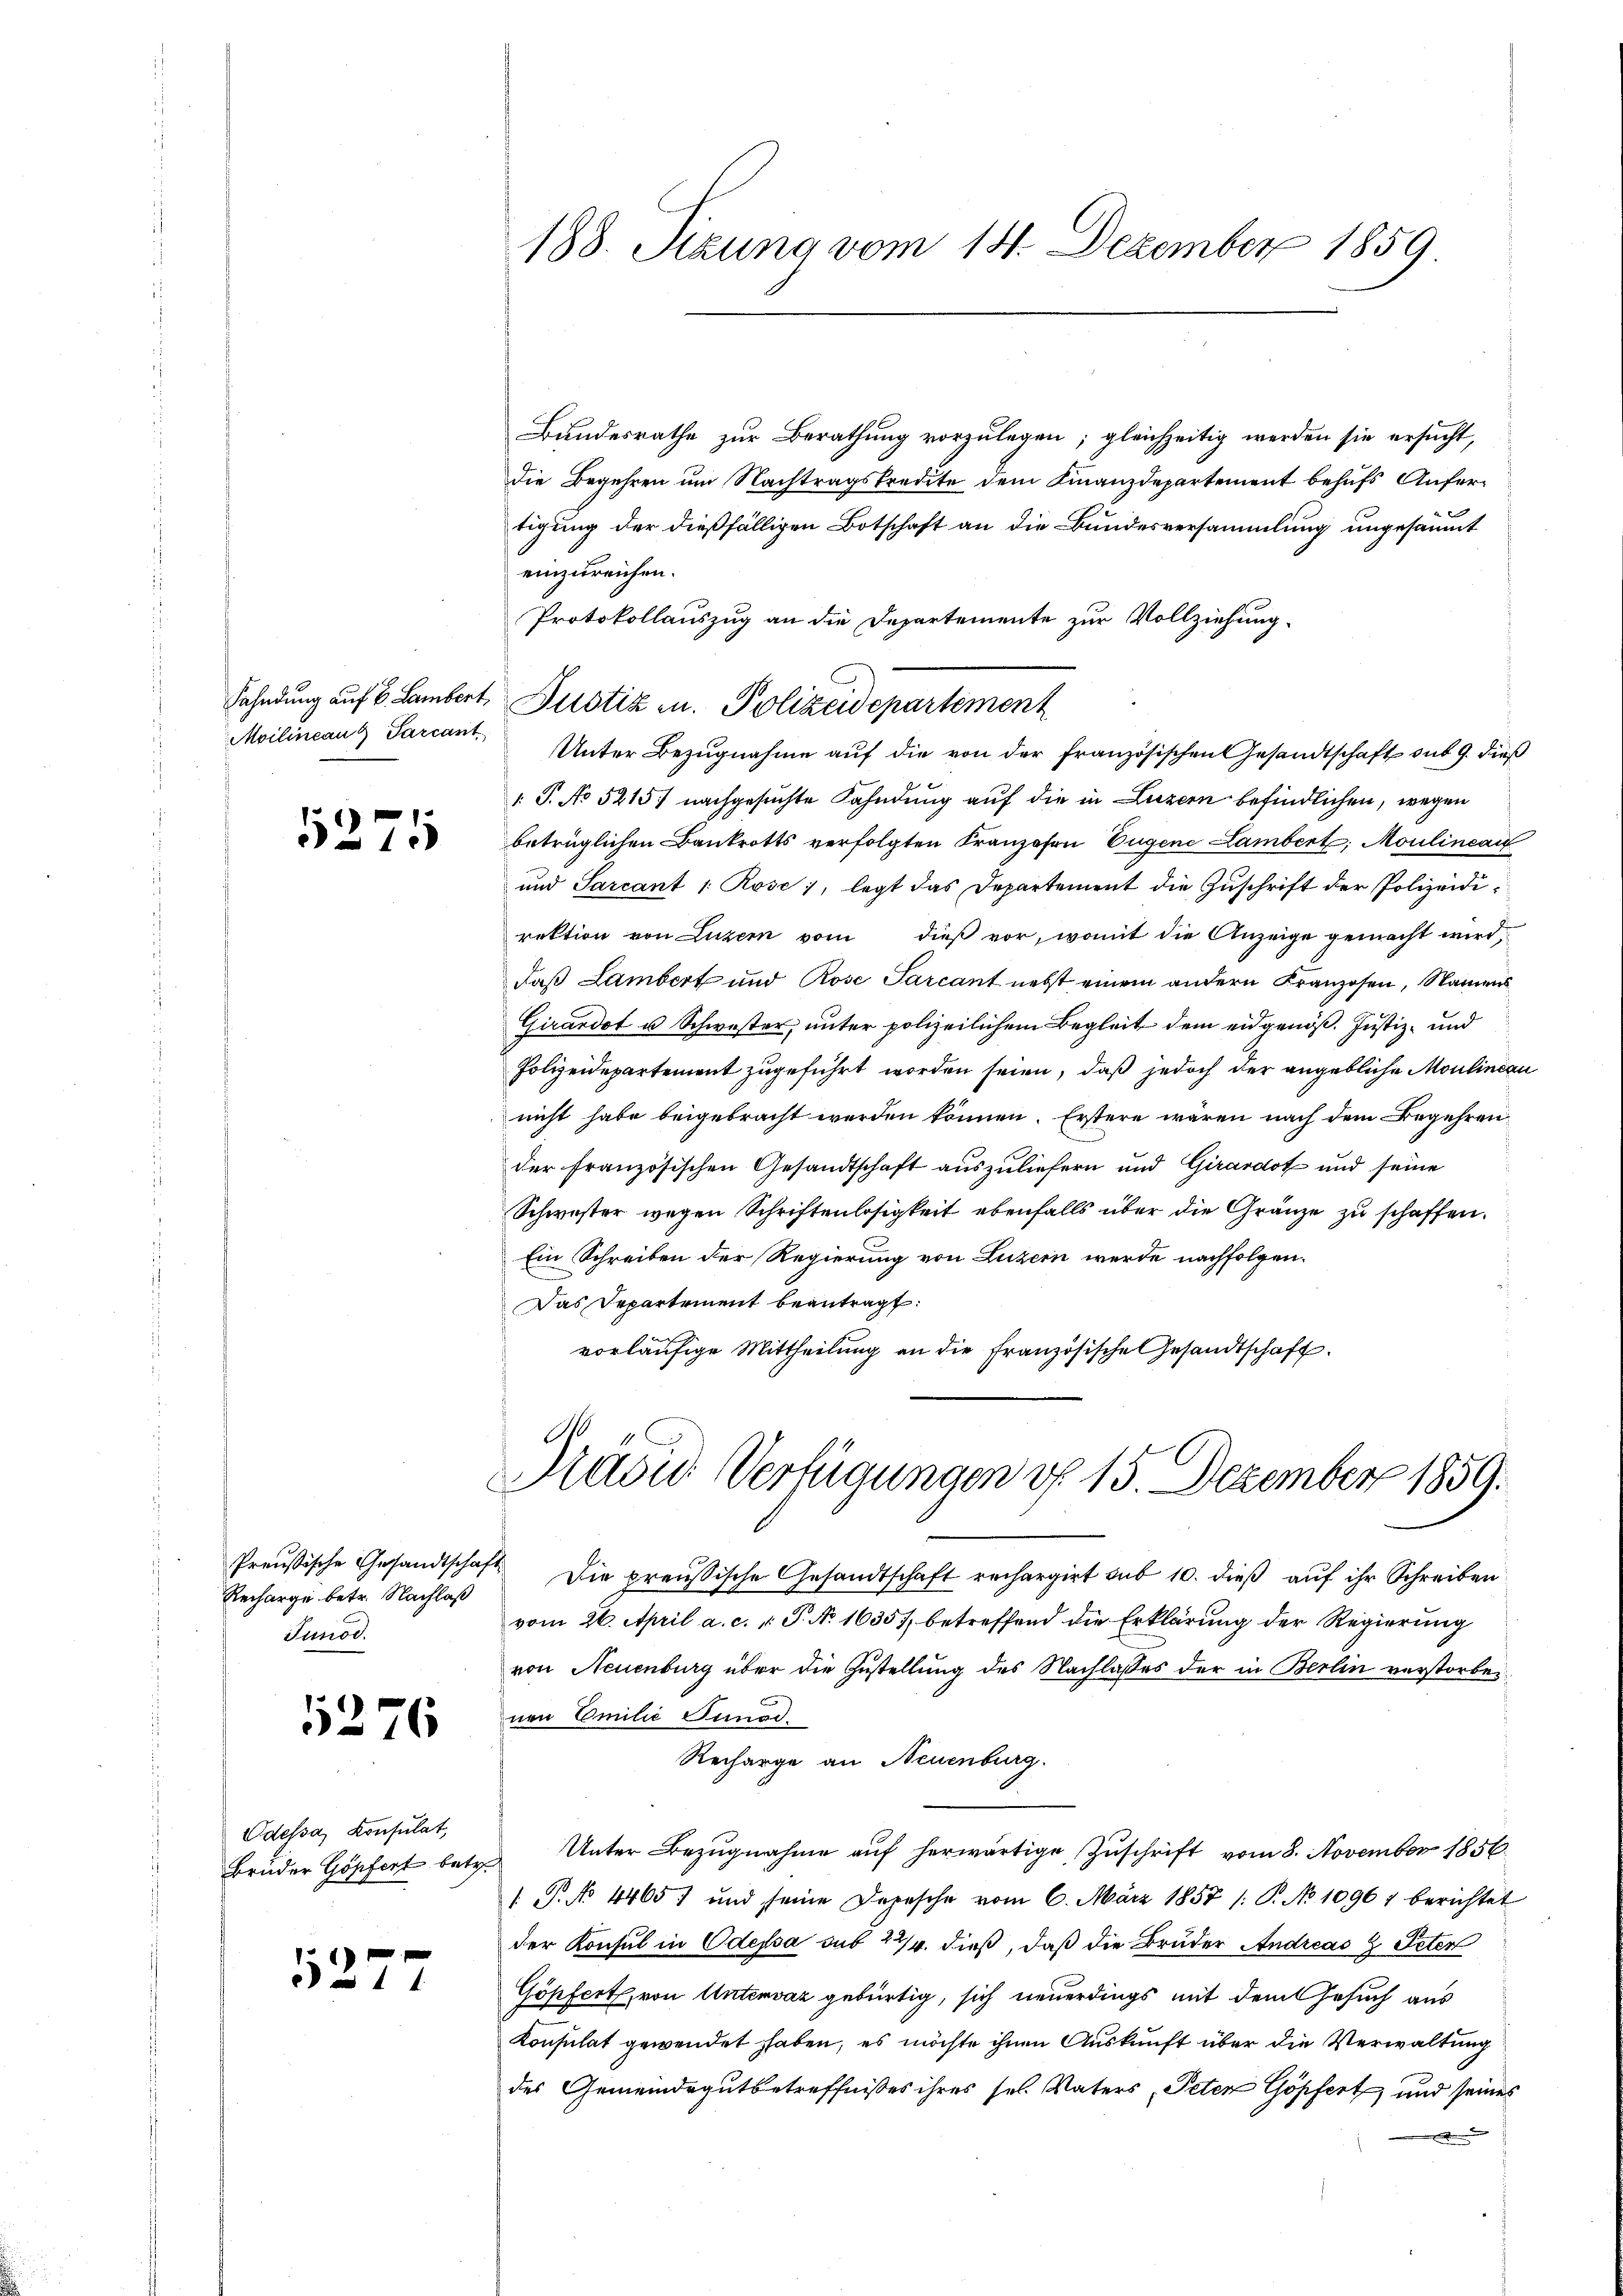
Sahndung auf 6. Lambert,
Moilinean Parcant

5275

Preußische Gesandtschaft
Recharge betr. Nachlaß
Junod.

5276

Odessa, Konsulat,

1277

188. Sizung vom 14. Dezember 1859.

Bundesrathe zur Berathung vorzulegen; gleichzeitig werden sie ersucht,
die Begehren um Nachtragskredite dem Finanzdepartement behufs Aufertigung der dießfälligen Botschaft an die Bundesversammlung ungesäumt
einzureichen.
Protokollauszug an die Departemente zur Vollziehung
Unter Bezugnahme auf die von der französischen Gesandtschaft sub 9. dieß
T. No 5215) nachgesuchte Fahndung auf die in Luzern befindlichen, wegen
betrüglichen Bankrotts verfolgten Franzosen Eugene Lambert, Moulineai
und Sarcant 1 Rose, legt das Departement die Zŭschrift der Polizeidirektion von Luzern vom dieß vor, womit die Anzeige gemacht wird,
daß Lambert und Rose Sarcant nebst einem andern Kranzosen, Namens
Girardot u Schwester, unter polizeilichem Begleit dem eidgenöß. Justiz- und
Polizeidepartement zugeführt worden seien, daß jedoch der angebliche Moulinean
nicht habe beigebracht werden können. Erstere wären nach dem Begehren
der französischen Gesandtschaft auszuliefern und Girardot und seine
Schwester wegen Schriftenlosigkeit ebenfalls über die Gränze zu schaffen.
Ein Schreiben der Regierung von Luzern werde nachfolgen.
Das Departement beantragt:
vorläufige Mittheilung an die französische Gesandtschaft.

Justiz u. Polizeidepartement

1
Pravić-Verfügungen d. 15. Dezember 1859.

Die preußische Gesandtschaft rechargirt sub 10. dieß auf ihr Schreiben
vom 26. April a. c. v. P. No 1635), betreffend die Erklärung der Regierung
von Neuenburg über die Zustellung des Nachlasses der in Berlin verstorbeinen Emilie Junod.
Recharge an Neuenburg.
Brŭder Göpfert betr. Unter Bezŭgnahme aŭf herwärtige Zŭschrift vom 8. November 1856.
 P. No 4465) und seine Depesche vom 6. März 1857 /: P. No 10967 berichtet
der Konsul in Odessa sub 27. dieß, daß die Bruder Andreas  Peten
Göpfert, von Untervaz gebürtig, sich neuerdings mit dem Gesuch aus
Konsulat gewendet haben, es möchte ihnen Auskunft über die Verwaltung
des Gemeindegutbetreffnisses ihres sel. Vaters Peten Göpfert und seines